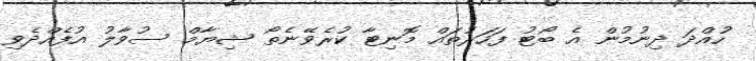
ހުއްދަ ދިނުމުން އެ ބޯޓު ފަހަރުތައް މޮނިޓާ ކުރެވޭނެތޯ ޝިޔާމް ސުވާލު އުފެއްދެވި